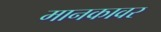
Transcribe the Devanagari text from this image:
मानकावर